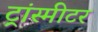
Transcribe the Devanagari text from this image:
ट्रांस्मीटर